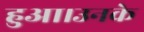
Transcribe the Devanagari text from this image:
हुआ।उनके